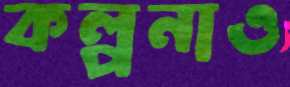
কল্পনাও